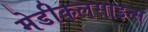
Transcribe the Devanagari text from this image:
मेडीकलसाइन्स